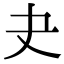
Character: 𡗒